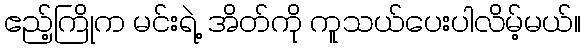
ဧည့်ကြိုက မင်းရဲ့ အိတ်ကို ကူသယ်ပေးပါလိမ့်မယ်။